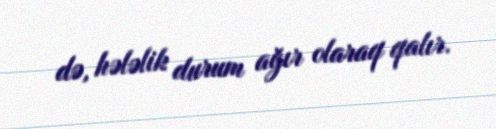
də, hələlik durum ağır olaraq qalır.